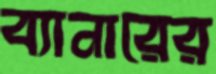
ব্যানারের